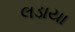
લડાયા